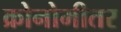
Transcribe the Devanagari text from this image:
क्रोनोमीतर